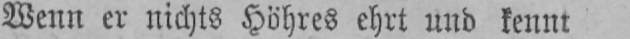
Wenn er nichts Höhres ehrt und kennt